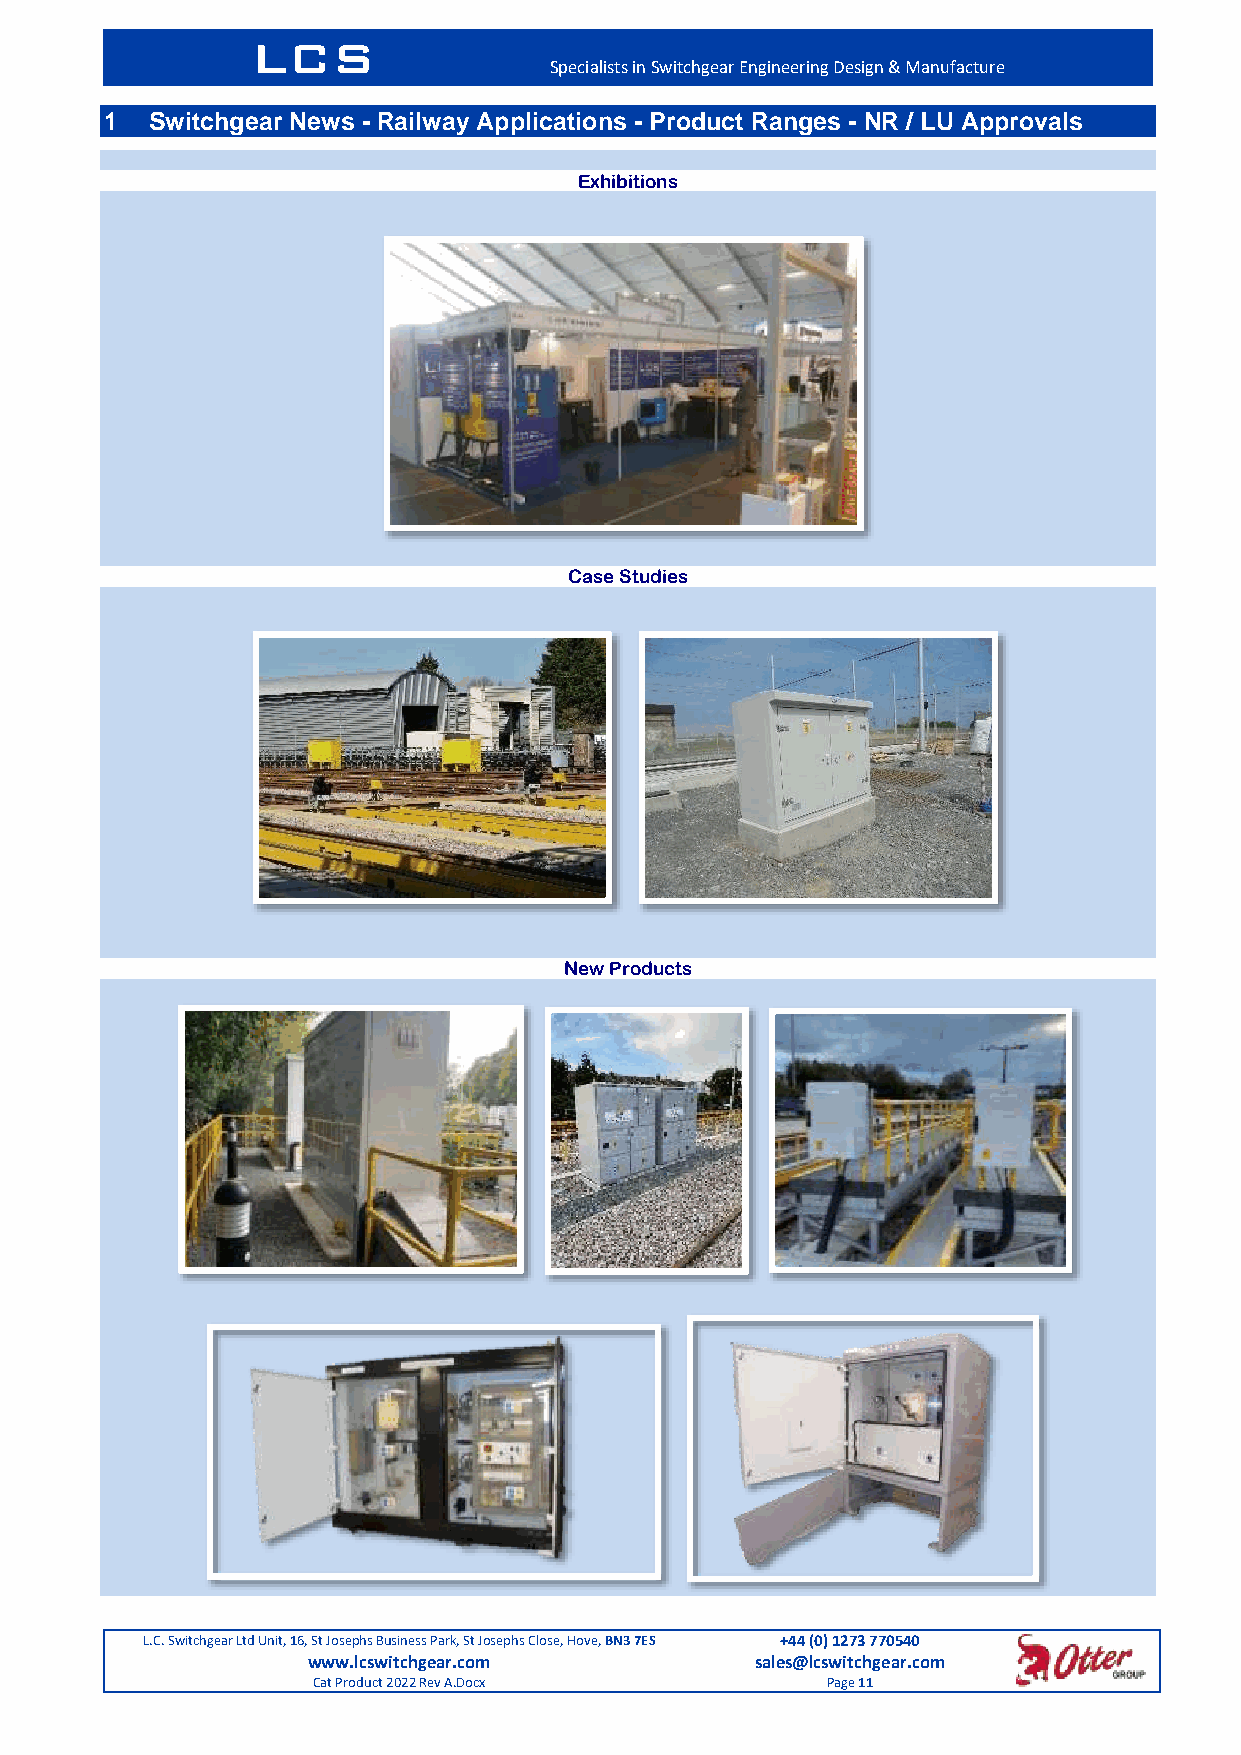
LCS
 Specialists in Switchgear Engineering Design & Manufacture
 1  Switchgear News - Railway Applications - Product Ranges - NR / LU Approvals
 Exhibitions
 Case Studies
 New Products
 L.C. Switchgear Ltd Unit, 16, St Josephs Business Park, St Josephs Close, Hove, BN3 7ES +44 (0) 1273 770540
 www.lcswitchgear.com          sales@lcswitchgear.com
 Cat Product 2022 Rev A.Docx       Page 11